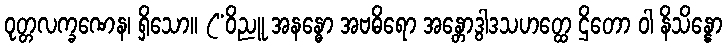
ဝုတ္တလက္ခဏေန၊ ရှိသော။ (“ဝိညူ အနန္ဓော အဗဓိရော အန္တောဒွါဒသဟတ္ထေ ဌိတော ဝါ နိသိန္နော